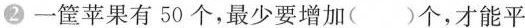
2 一筐苹果有50个，最少要增加( )个，才能平